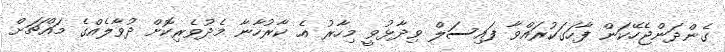
ގެންދަންޖެހޭކަން ފާހަގަކުރައްވާ ފައިސަލް ވިދާޅުވީ މިހާރު އެ ކާރުހާނާ މެދުވެރިކޮށް ދުވާލެއްގެ މައްޗަށް